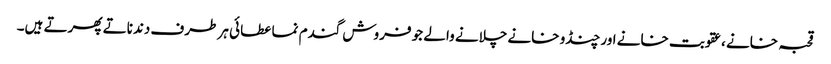
قحبہ خانے ،عقوبت خانے اور چنڈو خانے چلانے والے جو فروش گندم نما عطائی ہر طرف دندناتے پھرتے ہیں۔